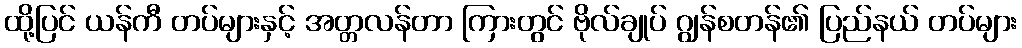
ထို့ပြင် ယန်ကီ တပ်များနှင့် အတ္တလန်တာ ကြားတွင် ဗိုလ်ချုပ် ဂျွန်စတန်၏ ပြည်နယ် တပ်များ